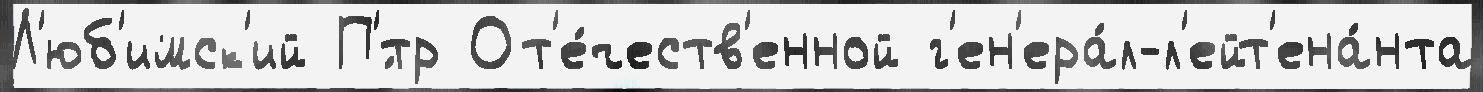
Л'юб'имск'ий П'́тр От'е́честв'енной г'ен'ера́л-л'ейт'ена́нта